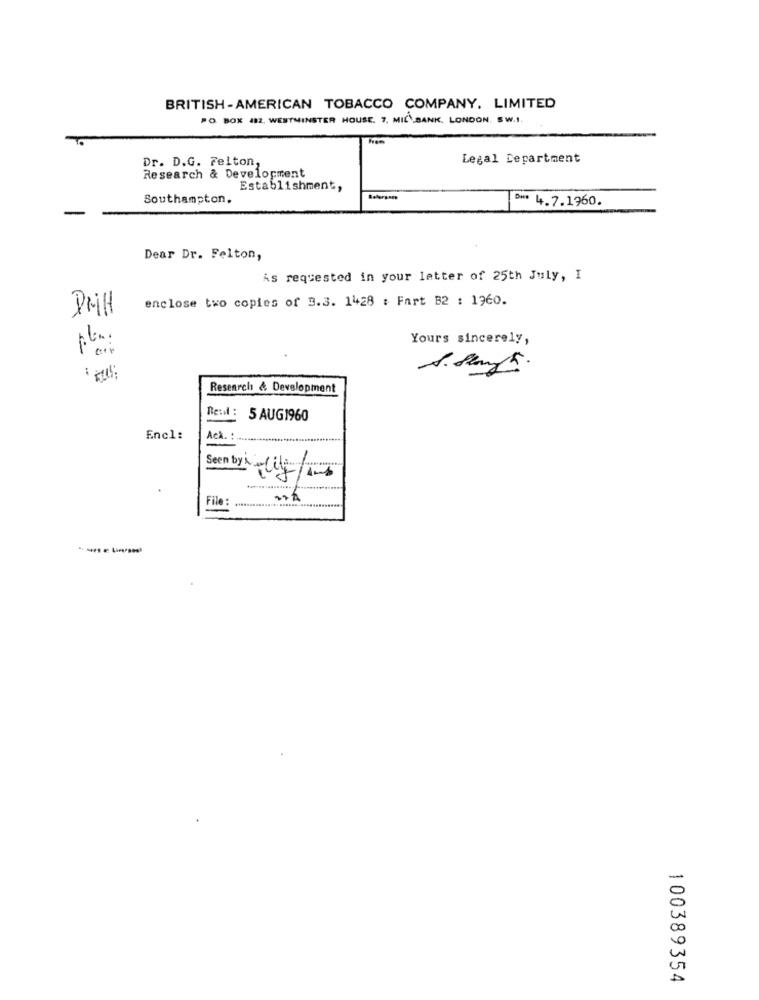
BRITISH-AMERICAN TOBACCO COMPANY. LIMITED
PO BOX 12, WESTMINSTER HOUSE. 7, MIL BANK. LONDON SW.I.
Legal Department
Dr. D.G. Felton,
Research & Development
Establishment,
Southampton.
*** 4.7.1960.
Dear Dr. Felton,
As requested in your letter of 25th July, I
enclose two copies of 3.3. 1428 : Fart B2 : 1960.
Dil
pla:
Yours sincerely,
Research & Development
Re:d :
5 AUG1960
Encl:
Ack. :
Seen byk lig/1-
File
----
100389354